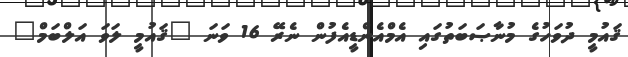
ޤައުމީ ދުވަހުގެ މުނާޞަބަތުގައި އެމްއެންޑީއެފުން ނެރޭ 16 ވަނަ "ޤައުމީ ލަވަ އަލްބަމް"